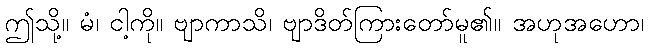
ဤသို့။ မံ၊ ငါ့ကို။ ဗျာကာသိ၊ ဗျာဒိတ်ကြားတော်မူ၏။ အဟုအဟော၊